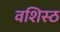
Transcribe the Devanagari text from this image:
वशिस्ठ